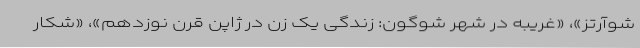
شوآرتز»، «غریبه در شهر شوگون: زندگی یک زن در ژاپن قرن نوزدهم»، «شکار